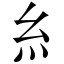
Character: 糹